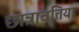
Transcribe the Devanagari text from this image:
छात्रावृत्तियां